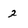
Character: 2